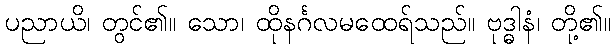
ပညာယိ၊ တွင်၏။ သော၊ ထိုနင်္ဂလမထေရ်သည်။ ဗုဒ္ဓါနံ၊ တို့၏။